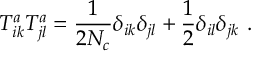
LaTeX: T _ { i k } ^ { a } T _ { j l } ^ { a } = \frac { 1 } { 2 N _ { c } } \delta _ { i k } \delta _ { j l } + \frac { 1 } { 2 } \delta _ { i l } \delta _ { j k } ~ .